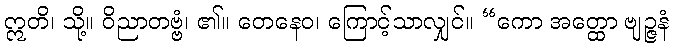
ဣတိ၊ သို့။ ဝိညာတဗ္ဗံ၊ ၏။ တေနေဝ၊ ကြောင့်သာလျှင်။ “ကော အတ္ထော ဗျဉ္ဇနံ